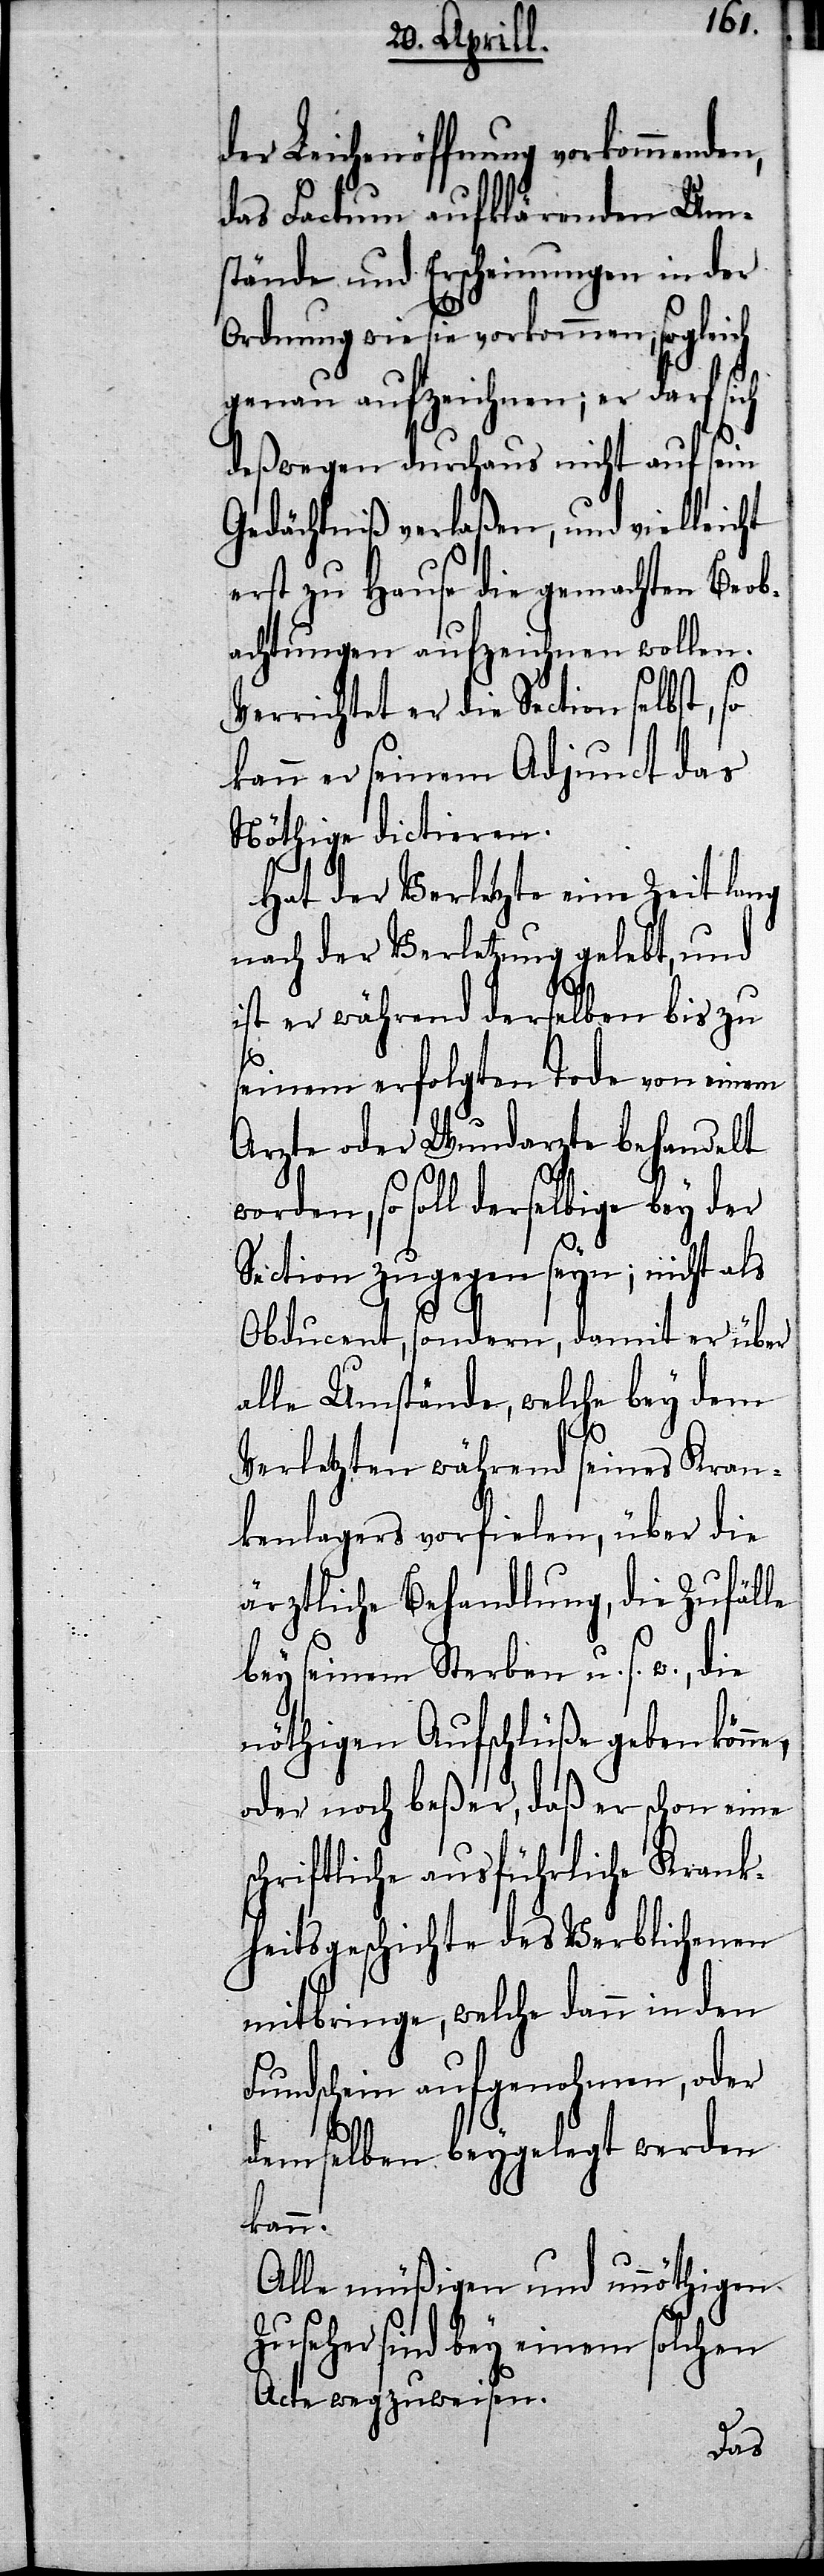
ne,

der Leichenöffnung vorkommenden,
das Factum aufklärenden Um¬
stände und Erscheinungen in der
Ordnung wie sie vorkommen, sogleich
genau aufzeichnen; er darf sich
deßwegen durchaus nicht auf sein
Gedächtniß verlaßen, und vielleicht
erst zu Hause die gemachten Beob¬
achtungen aufzeichnen wollen.
Verrichtet er die Section selbst, so
kann er seinem Adjunct das
Nöthige dictieren.
Hat der Verletzte eine Zeit lang
nach der Verletzung gelebt, und
ist er während derselben bis zu
seinem erfolgten Tode von einem
Arzte oder Wundarzte behandelt
worden, so soll derselbige bey der
Section zugegen seyn; nicht als
Obducent, sondern, damit er über
alle Umstände, welche bey dem
Verletzten während seines Kran¬
kenlagers vorfielen, über die
ärztliche Behandlung, die Zufälle
bey seinem Sterben u. s. w., die
nöthigen Aufschlüße geben kön¬
oder noch beßer, daß er schon eine
schriftliche ausführliche Krank¬
heitsgeschichte des Verblichenen
mitbringe, welche dann in den
Fundschein aufgenohmen, oder
demselben beygelegt werden
kann.
Alle müßigen und unnöthigen
Zuseher sind bey einem solchen
Acte wegzuweisen.